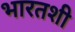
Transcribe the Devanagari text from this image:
भारतशी